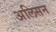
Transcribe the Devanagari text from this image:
अलिसन